Civil Veterinary Dept. Bombay admin report 1900-1906 - 1900-1906
Year: 1900
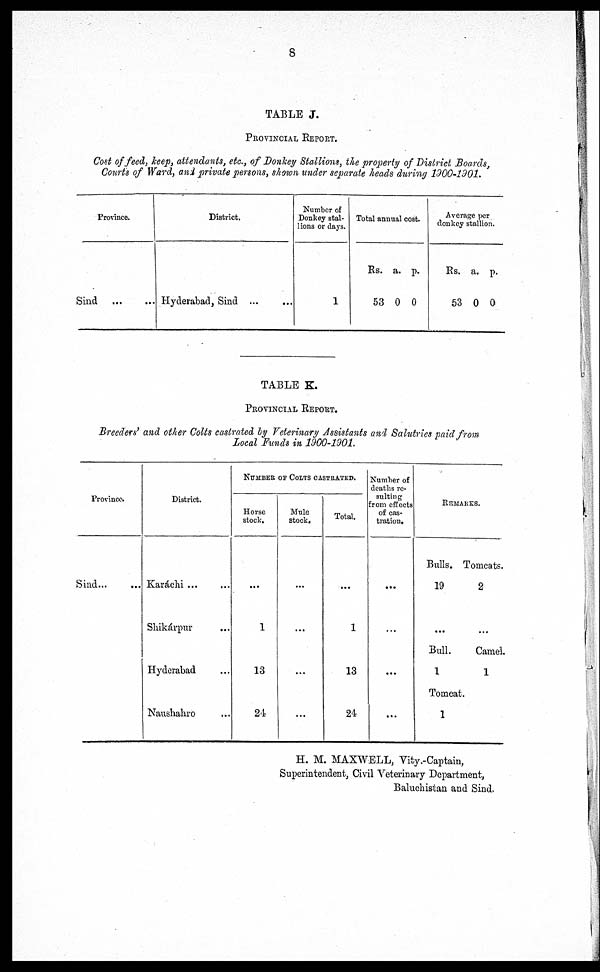
8
TABLE J.
PROVINCIAL REPORT.
Cost of feed, keep, attendants, etc., of Donkey Stallions, the property of District Boards,
Courts of Ward, and private persons, shown under separate heads during 1900-1901,
Province.
Sind
...
...
District.
Hyderabad, Sind ... ...
Number of
Donkey stal-
lions or days.
1
Total annual cost.
Rs.
53
a.
0
p.
0
Average per
donkey stallion.
Rs.
53
a.
0
p.
0
TABLE K.
PROVINCIAL REPORT.
Breeders' and other Colts castrated by Veterinary Assistants and Salutries paid from
Local Funds in 1900-1901.
Province.
Sind ... ...
District.
Karáchi ...
Shikárpur ...
Hyderabad
Naushahro ...
NUMBER OF COLTS CASTRATED.
Horse
stock.
...
1
13
24
Mule
stock.
...
...
...
...
...
1
13
24
Number of
deaths re-
sulting
from effects
of cas-
tration.
...
...
...
REMA
KES.
Bulls.
19
...
Bull.
1
Tomcat
1
Tomcats.
2
...
Camel.
1
.
H. M. MAXWELL, Vity.-Captain,
Superintendent, Civil Veterinary Department,
Baluchistan and Sind.